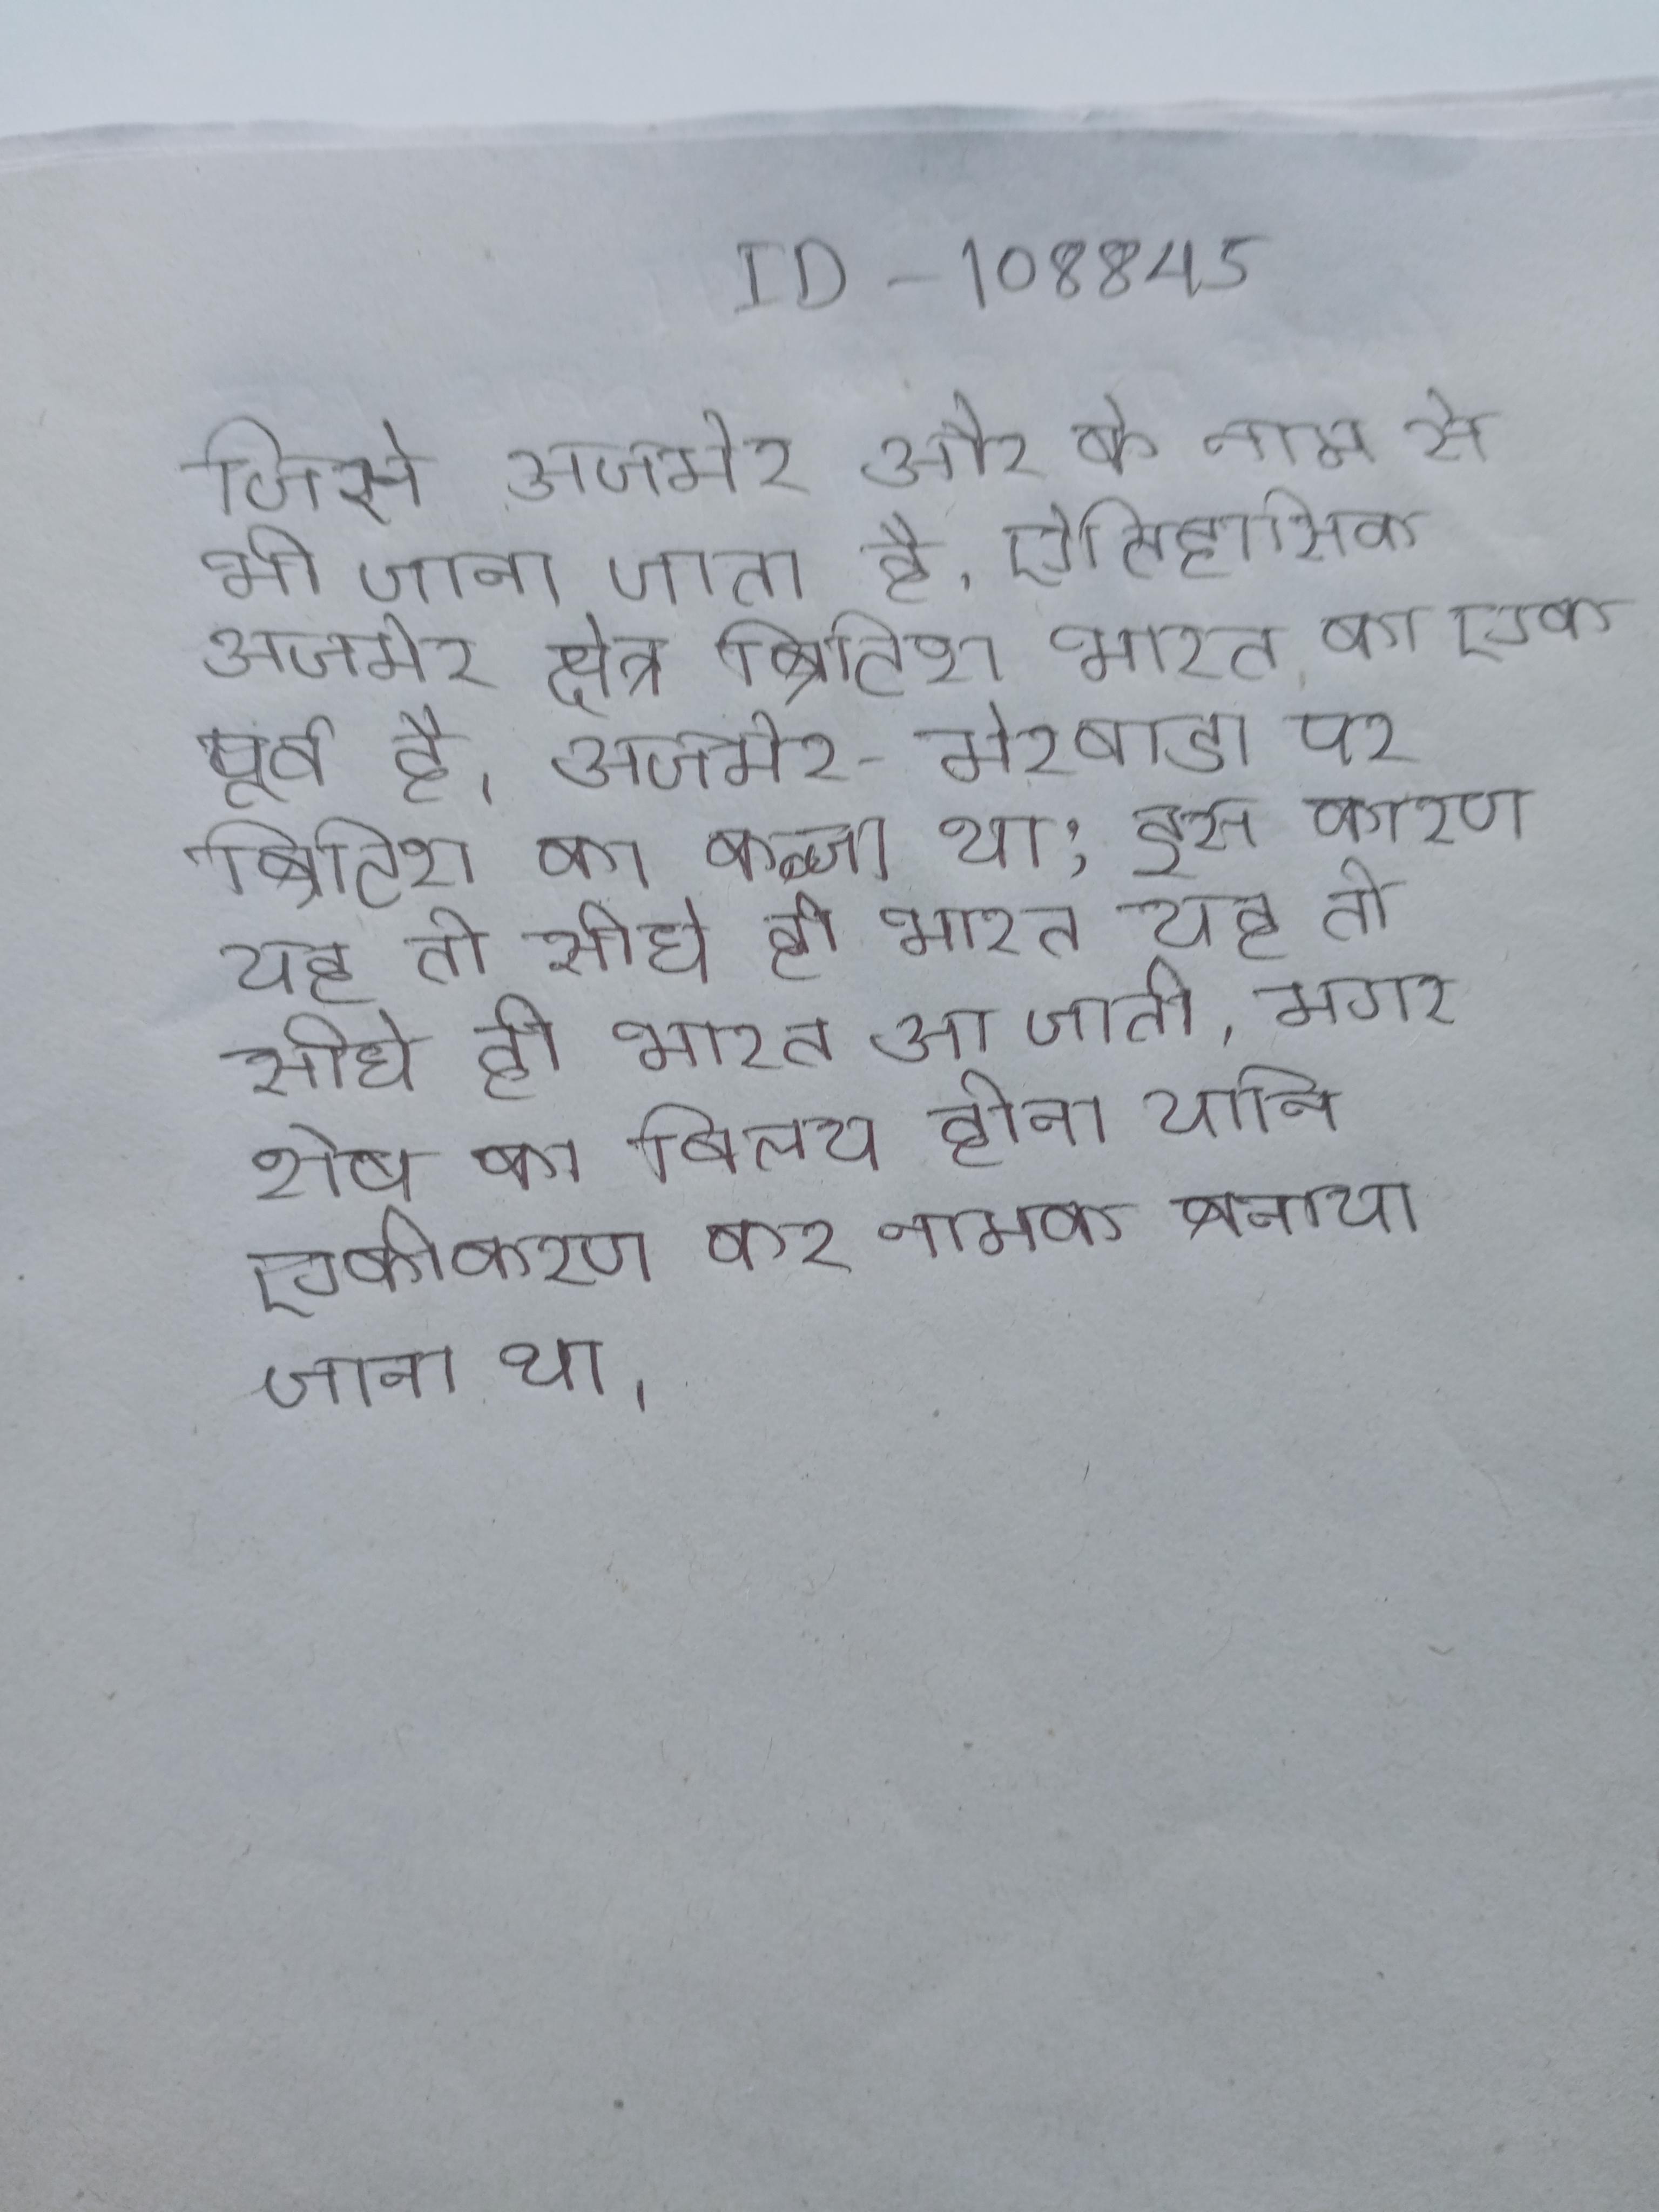
जिसे अजमेर और के नाम से भी जाना जाता है, ऐतिहासिक अजमेर क्षेत्र ब्रिटिश भारत का एक पूर्व है । अजमेर-मेरवाडा पर ब्रिटिश का कब्जा था; इस कारण यह तो सीघे ही भारत आ जाती, मगर शेष का विलय होना यानि एकीकरण कर नामक बनाया जाना था ।